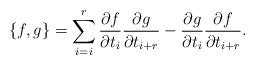
LaTeX: \begin{align*}\{f,g\}=\sum_{i=i}^r\frac{\partial f}{\partial t_i}\frac{\partial g}{\partial t_{i+r}}-\frac{\partial g}{\partial t_i}\frac{\partial f}{\partial t_{i+r}}.\end{align*}